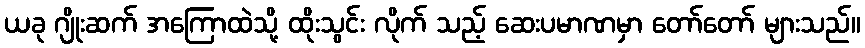
ယခု ဂျိုးဆက် အကြောထဲသို့ ထိုးသွင်း လိုက် သည့် ဆေးပမာဏမှာ တော်တော် များသည်။